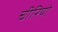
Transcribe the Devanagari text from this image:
चीरियो